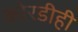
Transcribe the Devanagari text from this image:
कोरडीही